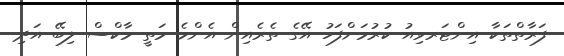
ފަރާތްތަކާ އިންޓަރވިއު ކުރުމަށްފަހު އޭގެ ތެރެއިން އެންމެ މަތީ މާކްސް ލިބޭ އަދި